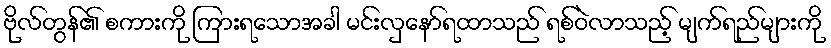
ဗိုလ်တွန်၏ စကားကို ကြားရသောအခါ မင်းလှနော်ရထာသည် ရစ်ဝဲလာသည့် မျက်ရည်များကို